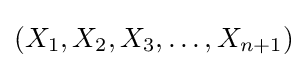
(X_{1},X_{2},X_{3},\ldots ,X_{n+1})